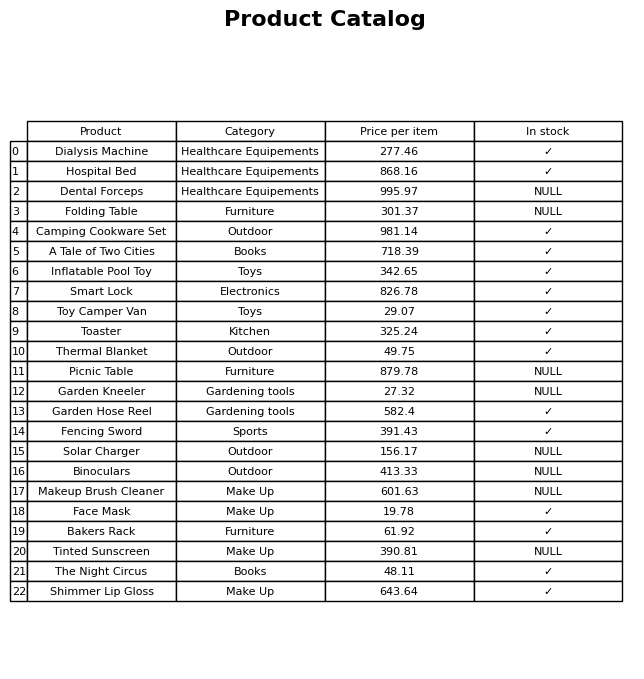
question: Which products are available in stock?
answer: Dialysis Machine, Hospital Bed, Camping Cookware Set, A Tale of Two Cities, Inflatable Pool Toy, Smart Lock, Toy Camper Van, Toaster, Thermal Blanket, Garden Hose Reel, Fencing Sword, Face Mask, Bakers Rack, The Night Circus, Shimmer Lip Gloss